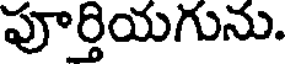
పూర్తియగును.